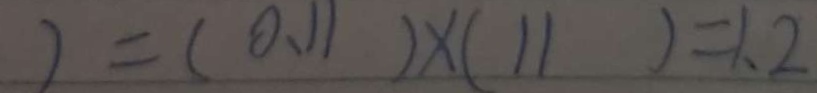
2 = ( 0 . 1 1 ) \times ( 1 1 ) = 1 . 2